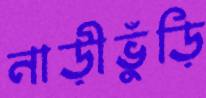
নাড়ীভুঁড়ি